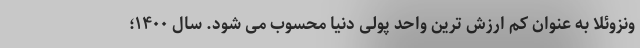
ونزوئلا به عنوان کم ارزش ترین واحد پولی دنیا محسوب می شود. سال ۱۴۰۰؛